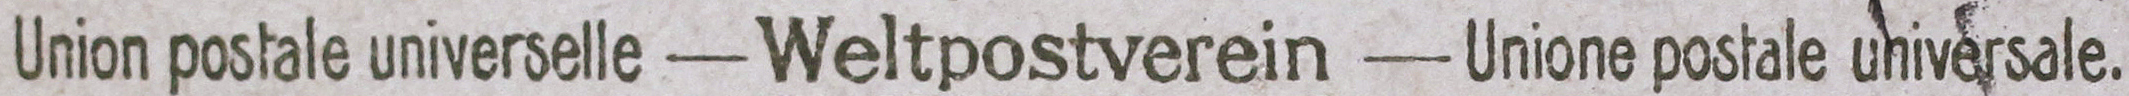
Union postale universelle-Weltpostverein-Unione postale universale